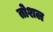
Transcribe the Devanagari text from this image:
तोशल